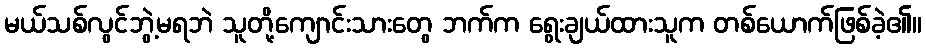
မယ်သစ်လွင်ဘွဲ့မရဘဲ သူတို့ကျောင်းသားတွေ ဘက်က ရွေးချယ်ထားသူက တစ်ယောက်ဖြစ်ခဲ့၏။